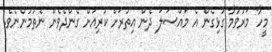
މީހާ މަރުވުމާ ގުޅިގެން އެ މައްސަލަ ދެން އިތުރަށް ކުރިއަށް ގެންދެވެން ނެތުމުންނެވެ.